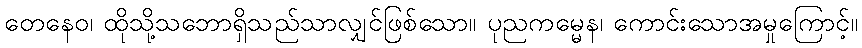
တေနေဝ၊ ထိုသို့သဘောရှိသည်သာလျှင်ဖြစ်သော။ ပုညကမ္မေန၊ ကောင်းသောအမှုကြောင့်။